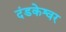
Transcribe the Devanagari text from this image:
दंडकेश्वर